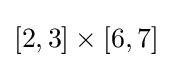
[2,3]\times [6,7]